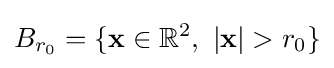
B_{r_{0}}=\{\mathbf {x} \in \mathbb {R} ^{2},~\vert \mathbf {x} \vert >r_{0}\}